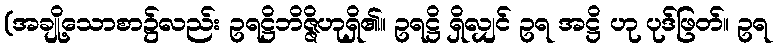
(အချို့သောစာ၌လည်း ဥရဋ္ဌိဘိဇ္ဇိဟုရှိ၏။ ဥရဋ္ဌိ ရှိလျှင် ဥရ အဋ္ဌိ ဟု ပုဒ်ဖြတ်။ ဥရ